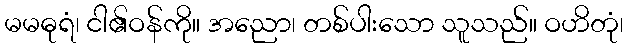
မမဓုရံ၊ ငါ၏ဝန်ကို။ အညော၊ တစ်ပါးသော သူသည်။ ဝဟိတုံ၊